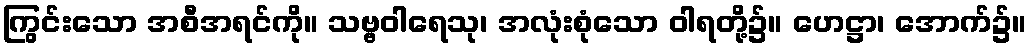
ကြွင်းသော အစီအရင်ကို။ သဗ္ဗဝါရေသု၊ အလုံးစုံသော ဝါရတို့၌။ ဟေဋ္ဌာ၊ အောက်၌။